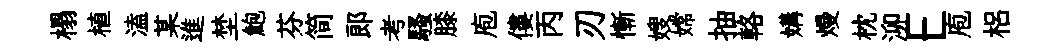
榻植溘某進埜鮑芬简郎考騷膝庖僂丙刃慚嫂嫦抽輅媾熳枕泖E庖梠